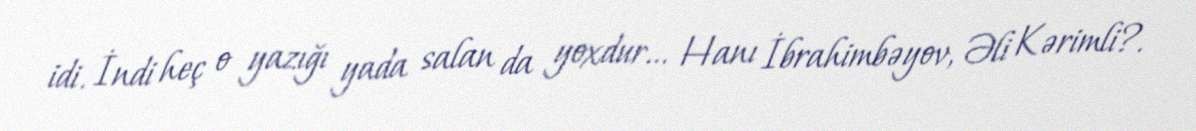
idi. İndi heç o yazığı yada salan da yoxdur... Hanı İbrahimbəyov, Əli Kərimli?.